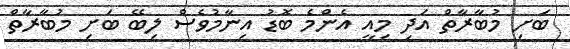
ބަށި މުބާރާތް އަދި މިއީ އެންމެ ބޮޑު އިނާމުވެސް ލިބޭ ބަށި މުބާރާތް